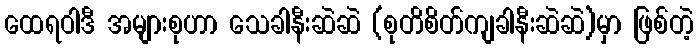
ထေရဝါဒီ အများစုဟာ သေခါနီးဆဲဆဲ (စုတိစိတ်ကျခါနီးဆဲဆဲ)မှာ ဖြစ်တဲ့